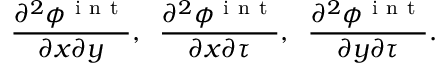
\frac { \partial ^ { 2 } \phi ^ { \mathrm { ~ i ~ n ~ t ~ } } } { \partial x \partial y } , \; \; \frac { \partial ^ { 2 } \phi ^ { \mathrm { ~ i ~ n ~ t ~ } } } { \partial x \partial \tau } , \; \; \frac { \partial ^ { 2 } \phi ^ { \mathrm { ~ i ~ n ~ t ~ } } } { \partial y \partial \tau } .